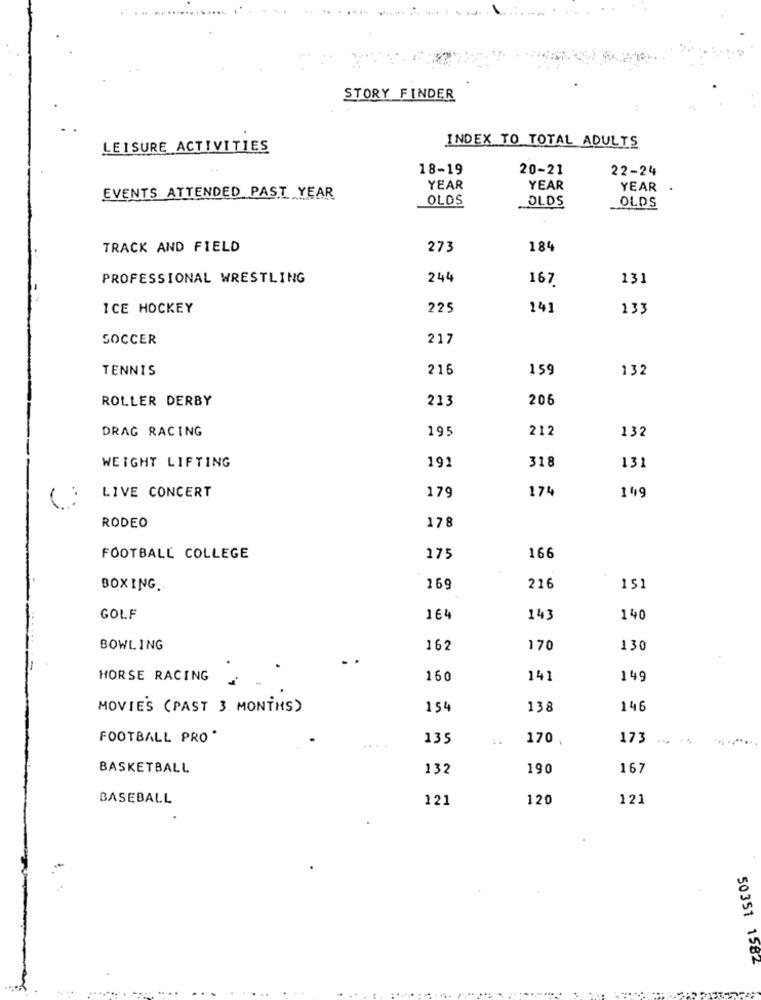
STORY FINDER
LEISURE ACTIVITIES
INDEX TO TOTAL ADULTS
18-19
20-21
22-24
YEAR
YEAR
YEAR
EVENTS ATTENDED PAST YEAR
OLDS
OLDS
OLDS
TRACK AND FIELD
273
184
PROFESSIONAL WRESTLING
244
167
131
ICE HOCKEY
225
141
133
SOCCER
217
TENNIS
216
159
132
ROLLER DERBY
213
206
DRAG RACING
195
212
132
191
318
WEIGHT LIFTING
131
LIVE CONCERT
174
149
179
RODEO
178
FOOTBALL COLLEGE
175
166
BOXING ..
169
216
151
GOLF
164
143
140
BOWLING
162
170
130
HORSE RACING
160
141
149
MOVIE'S (PAST 3 MONTHS)
154
138
146
FOOTBALL PRO *
135
170
173
BASKETBALL
132
190
167
BASEBALL
121
120
121
50351 1582